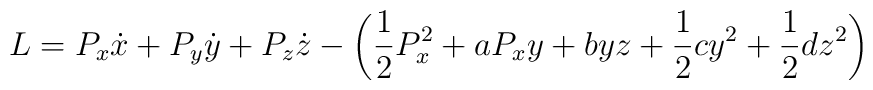
L=P_x \dot{x}+P_y \dot{y}+P_z \dot{z}-\left(\frac{1}{2}P_x ^2+aP_xy+byz+\frac{1}{2}cy^2+\frac{1}{2}dz^2 \right)